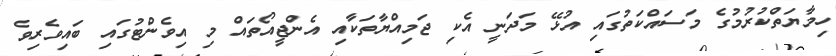
ހިމާޔަތްކުރުމުގެ މަސައްކަތުގައި އުޅޭ މަދަނީ އެކި ޖަމިއްޔާތަކާއި އެންޖީއޯތައް މި އިވެންޓުގައި ބައިވެރިވެ